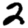
Digit: 2